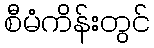
စီမံကိန်းတွင်